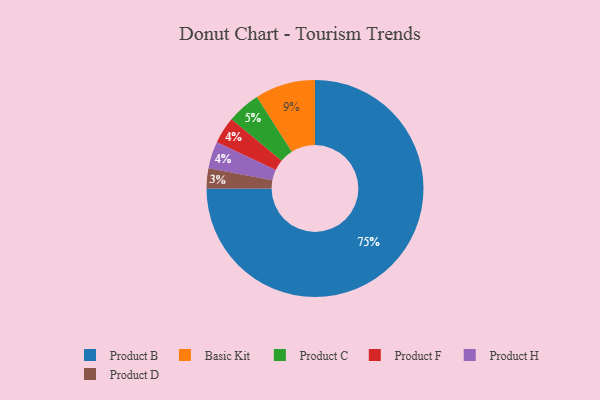
{"axis": {"x": "Category", "y": "Percentage"}, "legend": ["Basic Kit", "Product B", "Product C", "Product D", "Product F", "Product H"], "data": [{"x": "Product F", "y": 4, "type": "Product F"}, {"x": "Product C", "y": 5, "type": "Product C"}, {"x": "Basic Kit", "y": 9, "type": "Basic Kit"}, {"x": "Product D", "y": 3, "type": "Product D"}, {"x": "Product B", "y": 75, "type": "Product B"}, {"x": "Product H", "y": 4, "type": "Product H"}]}